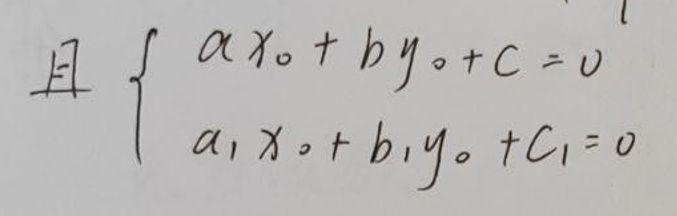
且$\begin{cases}
ax_{0}+by_{0}+c = 0 \\
a_{1}x_{0}+b_{1}y_{0}+c_{1}=0
\end{cases}$